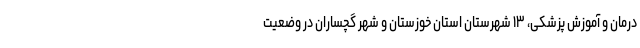
درمان و آموزش پزشکی، ۱۳ شهرستان استان خوزستان و شهر گچساران در وضعیت